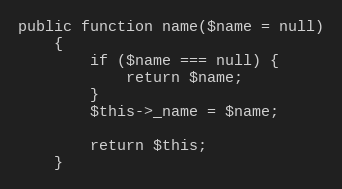
Language: PHP
public function name($name = null)
    {
        if ($name === null) {
            return $name;
        }
        $this->_name = $name;

        return $this;
    }